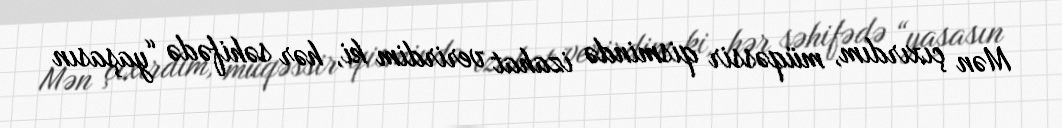
Mən çıxırdım, müqəssir qismində izahat verirdim ki, hər səhifədə “yaşasın